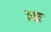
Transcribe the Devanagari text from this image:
भ्र्ष्ट